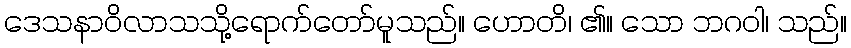
ဒေသနာဝိလာသသို့ရောက်တော်မူသည်။ ဟောတိ၊ ၏။ သော ဘဂဝါ၊ သည်။